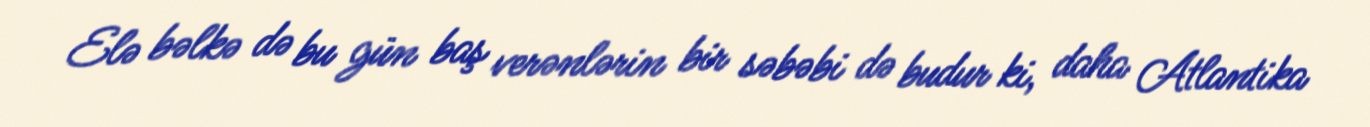
Elə bəlkə də bu gün baş verənlərin bir səbəbi də budur ki, daha Atlantika